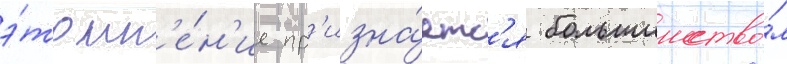
э́то мн'е́н'ие пр'изна́етс'я большинство́м